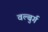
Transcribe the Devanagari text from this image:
वल्बुर्ग